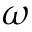
\omega